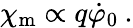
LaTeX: \chi_{\mathrm{m}}\propto q\dot{\varphi}_{0}\: .